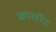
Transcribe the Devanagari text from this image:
कार्लोट